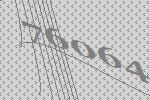
76064